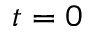
t = 0